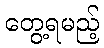
တွေ့ရမည့်